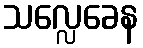
သလ္လေခေန